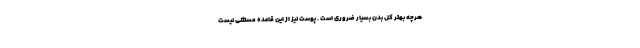
هرچه بهتر کل بدن بسیار ضروری است . پوست نیز از این قاعده مستثنی نیست